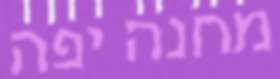
מחנה יפה